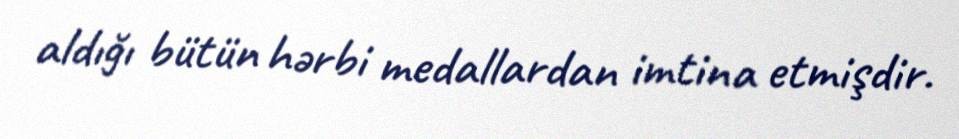
aldığı bütün hərbi medallardan imtina etmişdir.